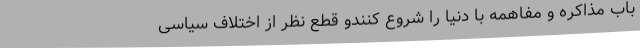
باب مذاکره و مفاهمه با دنیا را شروع کنندو قطع نظر از اختلاف سیاسی